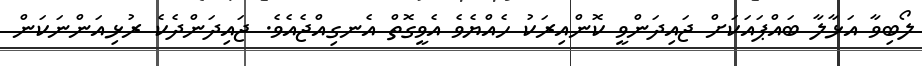
ލޯބިވާ އަޅާލާ ބައްޕައަކަށް ޖައިދަންވީ ކޮންއިރަކު ހެއްޔެވެ އެވީގޮތް އެނގިއްޖެއެވެ. ޖައިދަންދެކެ ރުޅިއަންނަކަން